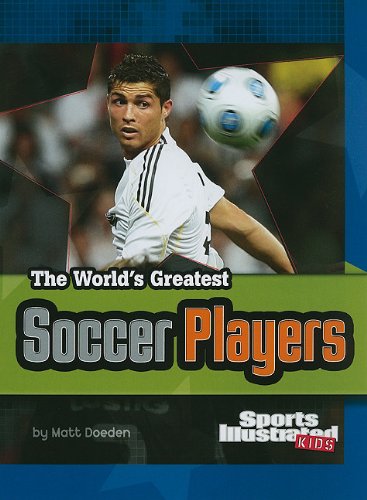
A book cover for The World's Greatest Soccer Players (The World's Greatest Sports Stars (Sports Illustrated for Kids)); Matt Doeden; Biographies & Memoirs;